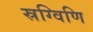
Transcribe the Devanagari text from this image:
स्रग्विणि